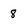
Character: 8